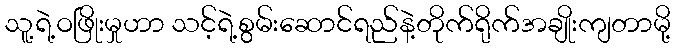
သူ့ရဲ့ဝဖြိုးမှုဟာ သင့်ရဲ့စွမ်းဆောင်ရည်နဲ့တိုက်ရိုက်အချိုးကျတာမို့